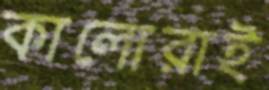
কালোরাই